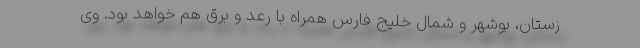
زستان، بوشهر و شمال خلیج فارس همراه با رعد و برق هم خواهد بود. وی